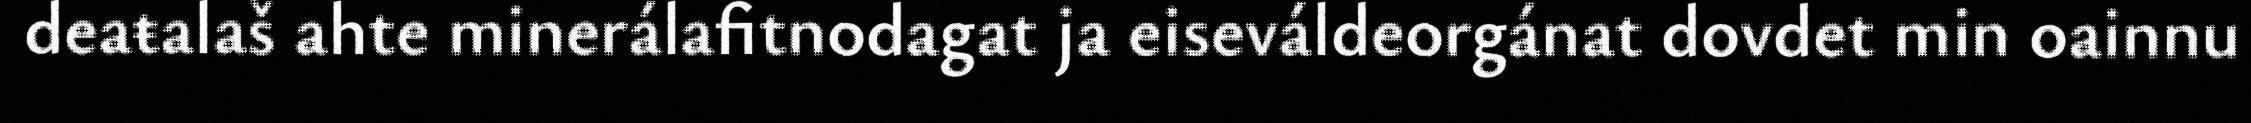
deaŧalaš ahte minerálafitnodagat ja eiseváldeorgánat dovdet min oainnu